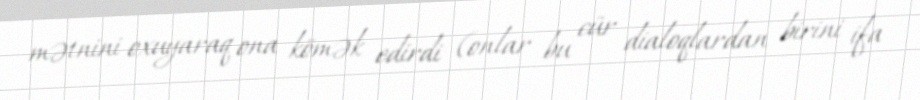
mətnini oxuyaraq ona kömək edirdi (onlar bu cür dialoqlardan birini ifa